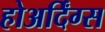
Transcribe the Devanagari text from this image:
होअर्दिंग्स